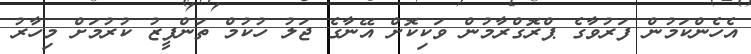
އެހެންކަމުން ފަރުވާގެ ޕްރޮގްރާމުން ވަކިކޮށް އޭނާގެ ޖަލު ހުކުމް ތަންފީޒު ކުރުމަށް މިހާރު